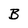
Character: B